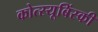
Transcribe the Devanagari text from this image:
कोत्स्यूबिंस्की